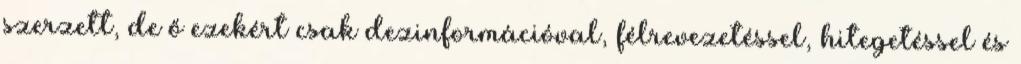
szerzett, de ő ezekért csak dezinformációval, félrevezetéssel, hitegetéssel és